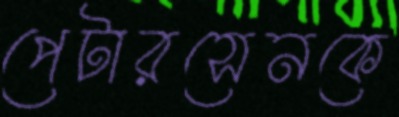
পেটারসেনকে